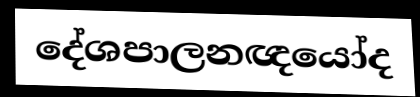
දේශපාලනඥයෝද